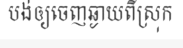
បង់ឲ្យចេញឆ្ងាយពីស្រុក